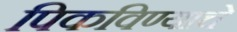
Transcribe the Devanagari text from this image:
पिकविण्याचे